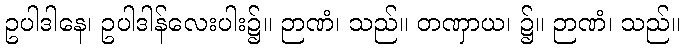
ဥပါဒါနေ၊ ဥပါဒါန်လေးပါး၌။ ဉာဏံ၊ သည်။ တဏှာယ၊ ၌။ ဉာဏံ၊ သည်။